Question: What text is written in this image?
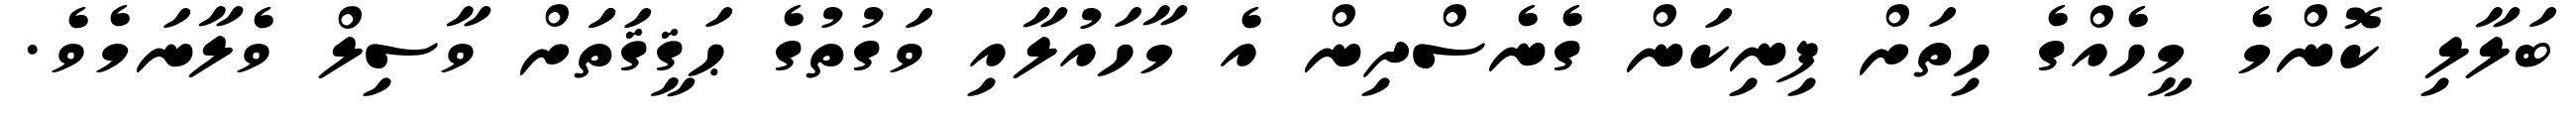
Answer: ބަލާލި ކޮންމެ މީހެއްގެ ހިތަށް ފިނިކަން ގެނެސްދިން އެ މާހައުލާއި ވަގުތުގެ ޙަޤީޤަތަަށް ވާސިލް ވެލާނަމެވެ.